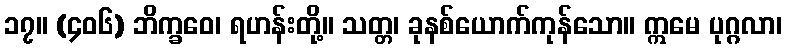
၁၇။ (၄၀၆) ဘိက္ခဝေ၊ ရဟန်းတို့။ သတ္တ၊ ခုနစ်ယောက်ကုန်သော။ ဣမေ ပုဂ္ဂလာ၊